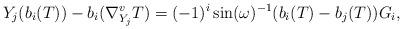
LaTeX: \begin{align*}Y_j(b_i(T))-b_i(\nabla^v_{Y_j}T)=(-1)^i\sin(\omega)^{-1}(b_i(T)-b_j(T))G_i,\end{align*}